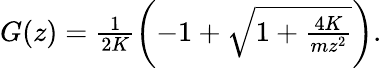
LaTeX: \begin{array}{r}{G(z)=\frac{1}{2K}\left(-1+\sqrt{1+\frac{4K}{mz^{2}}}\right).}\end{array}